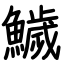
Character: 鱥